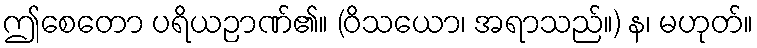
ဤစေတော ပရိယဉာဏ်၏။ (ဝိသယော၊ အရာသည်။) န၊ မဟုတ်။